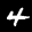
Label: 4